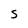
Character: S